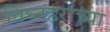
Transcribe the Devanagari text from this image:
विघ्नहराच्या